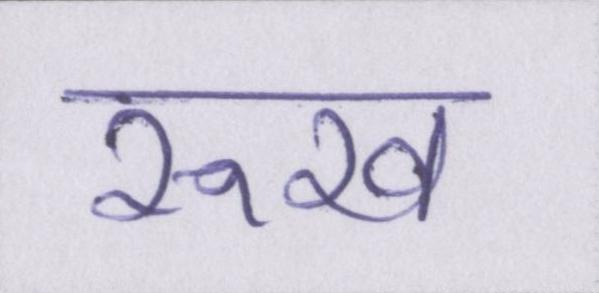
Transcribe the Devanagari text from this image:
रूख